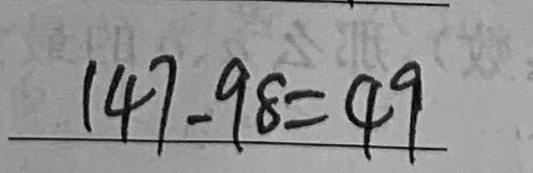
1 4 7 - 9 8 = 4 9